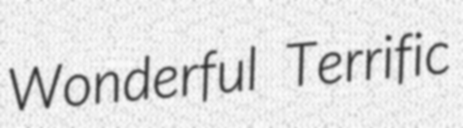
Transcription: Wonderful Terrific